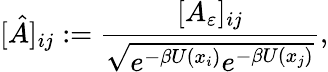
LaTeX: [\hat{A}]_{ij}:=\frac{[A_{\varepsilon}]_{ij}}{\sqrt{e^{-\beta U(x_{i})}e^{-\beta U(x_{j})}}},